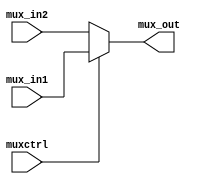
`timescale 1ns / 1ps
//////////////////////////////////////////////////////////////////////////////////
// Company: 
// 
// Design Name: 
// Module Name: keyexpansion
// Project Name: 
// Target Devices: 
// Tool Versions: 
// Description: 
// 
// Dependencies: 
// 
// Revision:
// Revision 0.01 - File Created
// Additional Comments:
// 
//////////////////////////////////////////////////////////////////////////////////

  
module mux2_1(
	input           [7:0]       mux_in1,
	input           [7:0]       mux_in2,
	output          [7:0]       mux_out,
	input                       muxctrl
);

    assign    mux_out    =    muxctrl ? mux_in1 : mux_in2;
	
endmodule

module mux4_1(
	input           [7:0]       mux_in1,
	input           [7:0]       mux_in2,
    input           [7:0]       mux_in3,
	input           [7:0]       mux_in4,
	output          [7:0]       mux_out,
	input           [1:0]       muxctrl
);

    reg             [7:0]       mux_out_reg;
	
    assign    mux_out    =    mux_out_reg;

    always @(*)
    begin
        case(muxctrl)
            2'b00:    mux_out_reg    =    mux_in1;
            2'b01:    mux_out_reg    =    mux_in2;
            2'b10:    mux_out_reg    =    mux_in3;
            default:  mux_out_reg    =    mux_in4;
        endcase
    end
	
endmodule